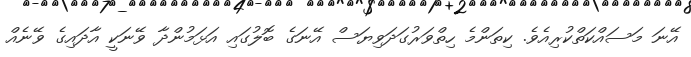
އޭނަ މަސައްކަތްކުރިއެވެ. ކިތަންމެ ހިތްވަރުގަދަވިޔަސް އޭނަގެ ބޮލުގައި އަޅަމުންދާ ވޭނަކީ އާދައިގެ ވޭނެއް